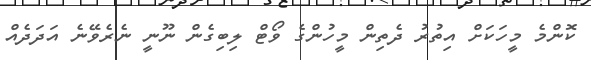
ކޮންމެ މީހަކަށް އިތުރު ދެތިން މީހުންގެ ވޯޓް ލިބިގެން ނޫނީ ނެރެވޭނެ އަދަދެއް